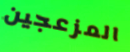
المزعجين